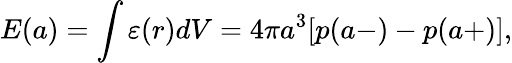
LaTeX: E(a)=\int{\varepsilon(r)dV}=4\pi a^{3}[p(a-)-p(a+)],